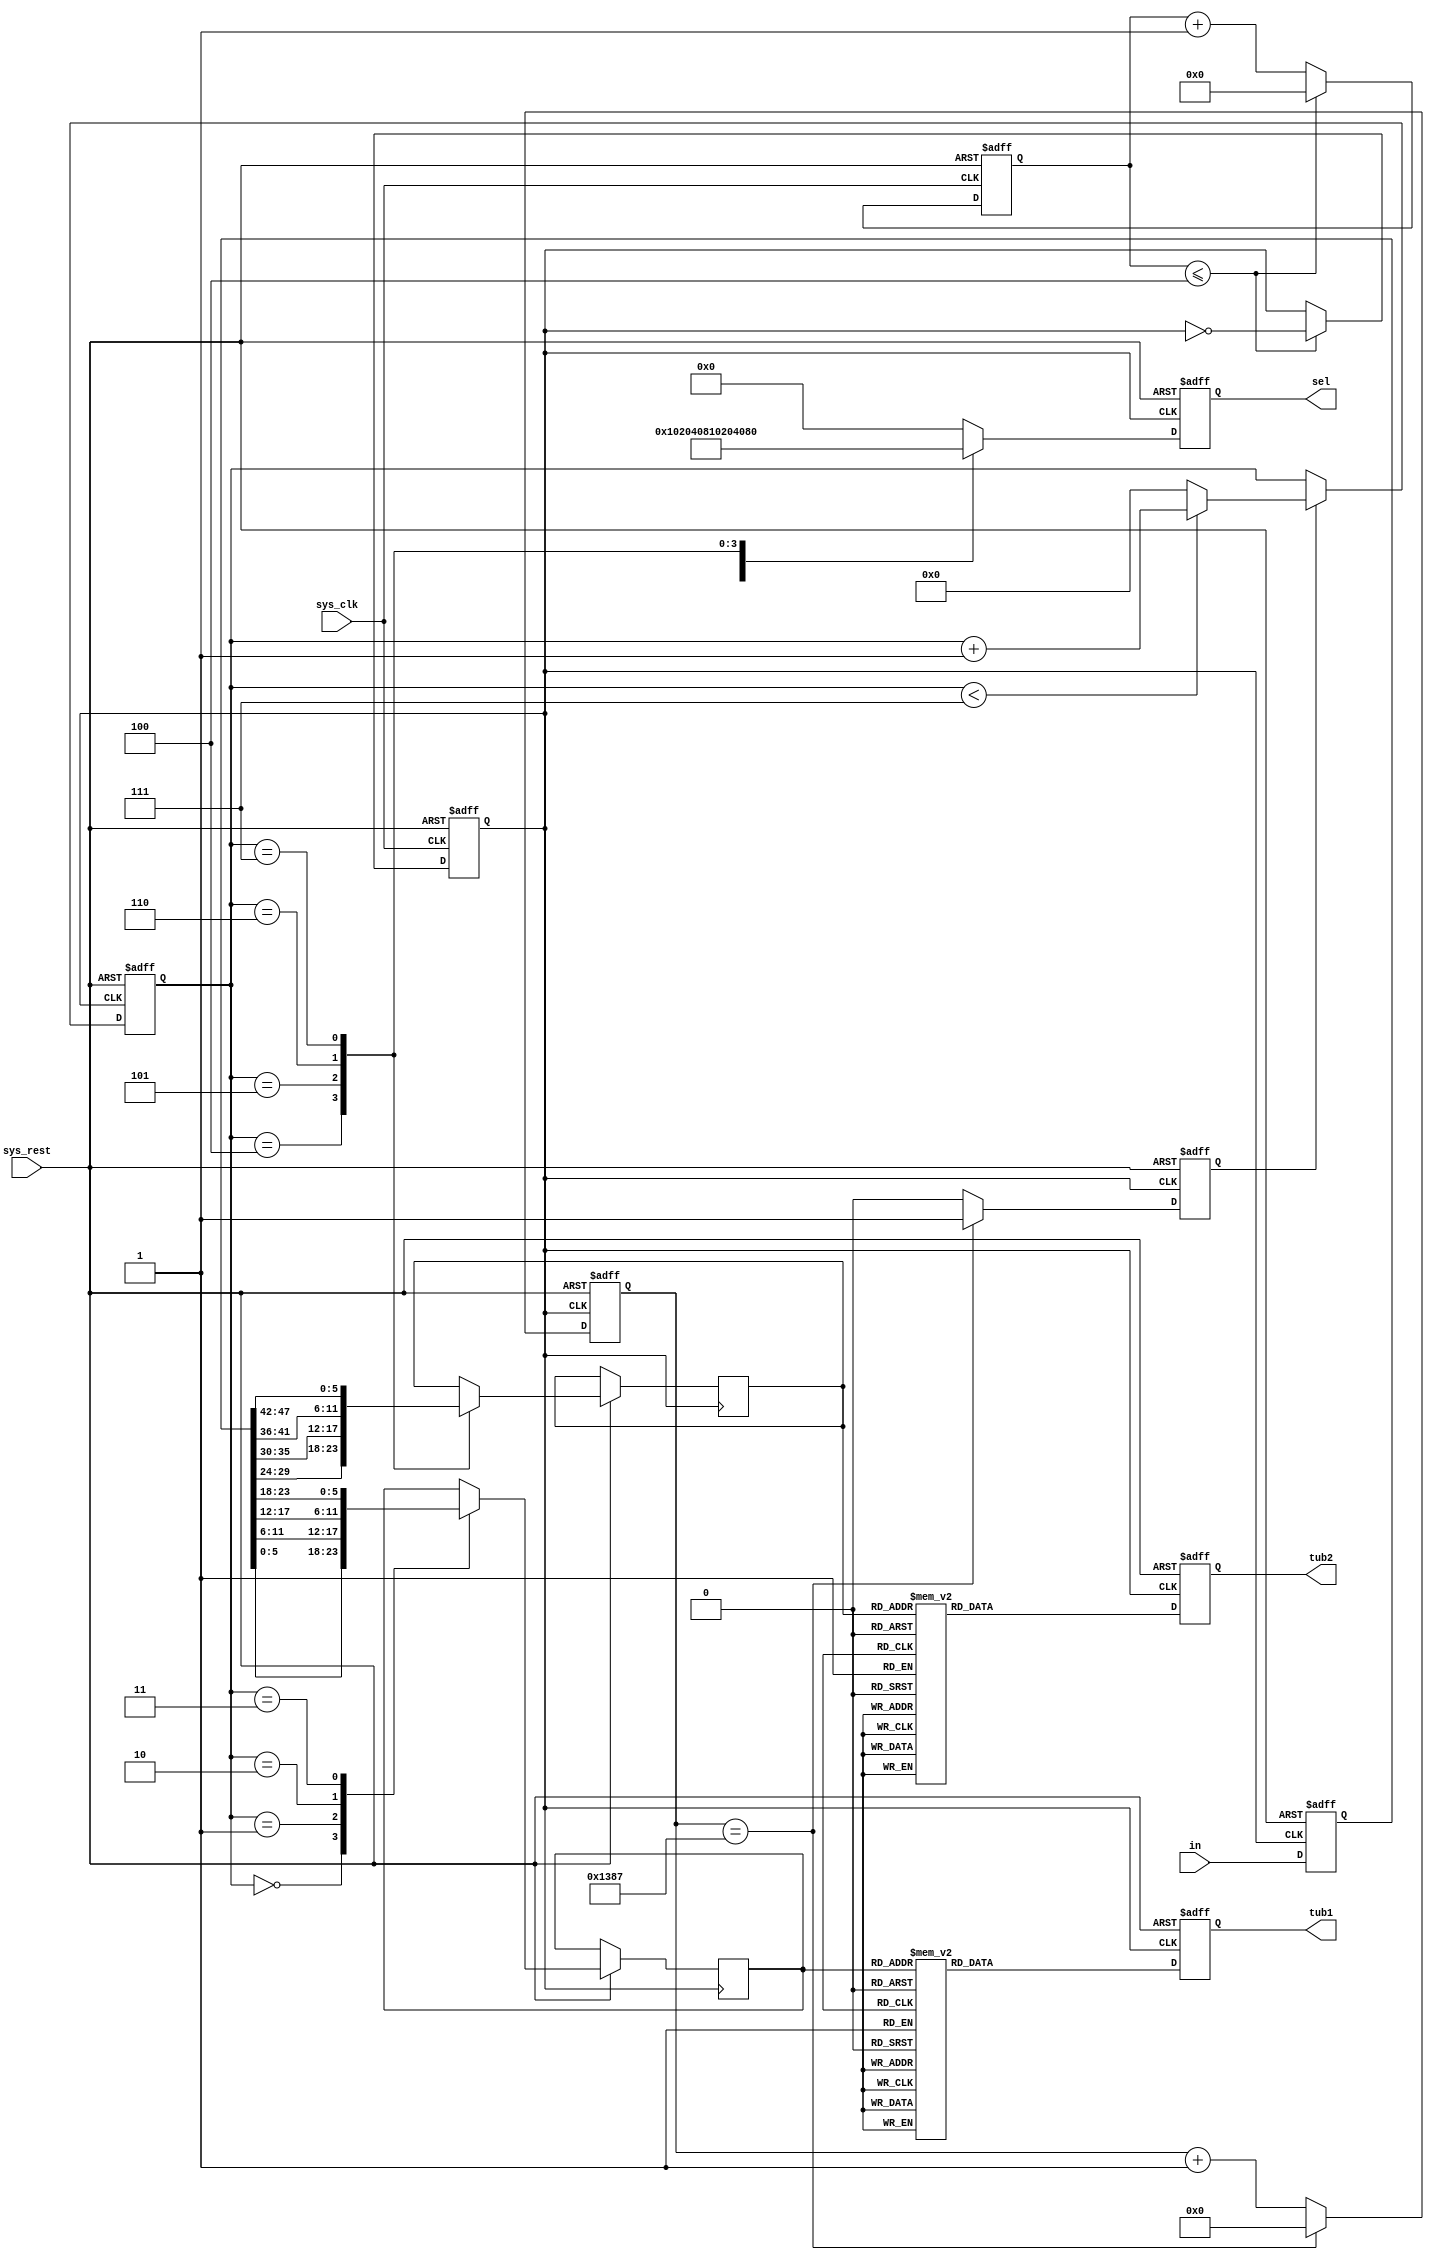
`timescale 1ns / 1ps
//////////////////////////////////////////////////////////////////////////////////
// 

//////////////////////////////////////////////////////////////////////////////////q

  module Nixietube_control (
  input sys_clk,sys_rest,
  input wire [47:0] in,
  output reg [7:0] sel,
  output reg [7:0] tub1,
  output reg [7:0] tub2
);

 parameter CLK_NUM = 4'd10;                       // 
 parameter MSNUM = 14'd5000;                      // 

 reg [3:0] CNT_NUM;                                // 
 reg CLK;                                          // 
  
 reg [12:0] MSCNT;                                 // 
 reg MS_flag;                                      // 
 reg [5:0] char_display1;                          // 1
 reg [5:0] char_display2;                          // 2
 
 reg [47:0] data;                                  // 
 reg [6:0] sel_num;                                // 
 
   // 
   wire [5:0] data0;                                 // 
   wire [5:0] data1;                                 // 
   wire [5:0] data2;                                 // 
   wire [5:0] data3;                                 // 
   wire [5:0] data4;                                 // 
   wire [5:0] data5;                                 // 
   wire [5:0] data6;                                 // 
   wire [5:0] data7;                                 // 
   
   // 
     assign data0 = in[5:0];                         // 
     assign data1 = in[11:6];                        // 
     assign data2 = in[17:12];                       // 
     assign data3 = in[23:18];                       // 
     assign data4 = in[29:24];                       // 
     assign data5 = in[35:30];                       // 
     assign data6 = in[41:36];                       // 
     assign data7 = in[47:42];                       // 
     
     
     // 
       always @(posedge sys_clk or negedge sys_rest) begin
         if (!sys_rest) begin     //
           CNT_NUM <= 4'd0;
           CLK <= 1'd1;
         end
         else if (CNT_NUM <= CLK_NUM/2 - 1'b1) begin
           CLK <= ~CLK;
           CNT_NUM <= 4'd0;
         end
         else begin
           CNT_NUM <= CNT_NUM + 1;
           CLK <= CLK;
         end
       end
       
    // 
         always @(posedge CLK or negedge sys_rest) begin
           if (!sys_rest) begin     //
             data <= 47'd0;
           end
           else begin
             data[47:42]  <= data7;
             data[41:36]  <= data6;
             data[35:30]  <= data5;
             data[29:24]  <= data4;
             data[23:18]  <= data3;
             data[17:12]  <= data2;
             data[11:6]   <= data1;
             data[5:0]    <= data0;
           end
         end
         
      // 1ms
           always @(posedge CLK or negedge sys_rest) begin
             if (!sys_rest) begin      //
               MSCNT <= 13'd0;
               MS_flag <= 1'b0;
             end
             else if (MSCNT == MSNUM - 1) begin
               MSCNT <= 13'd0;
               MS_flag <= 1'b1;
             end
             else begin
               MSCNT <= MSCNT + 1;
               MS_flag <= 1'b0;
             end
           end
           
           
     // 
             always @(posedge CLK or negedge sys_rest) begin
               if (!sys_rest) begin      //
                 sel_num <= 0;
               end
               else if (MS_flag) begin
                 if (sel_num < 7'd7) begin
                   sel_num <= sel_num + 1;
                 end
                 else begin
                   sel_num <= 0;
                 end
               end
               else begin
                 sel_num <= sel_num;
               end
             end
             
             
      // 
               always @(posedge CLK or negedge sys_rest) begin
                 if (!sys_rest) begin        //
                   sel <= 8'b00000000;
                 end
                 else begin
                   case (sel_num)
                     7'd0: begin
                       sel <= 8'b00000001;  // 1
                       char_display1 <= data[5:0];
                     end
                     7'd1: begin
                       sel <= 8'b00000010;  // 2
                      char_display1 <= data[11:6];
                     end
                     7'd2: begin
                       sel <= 8'b00000100;  // 3
                       char_display1 <= data[17:12];
                     end
                     7'd3: begin
                       sel <= 8'b00001000;  // 4
                       char_display1 <= data[23:18];                  
                     end
                     7'd4: begin
                       sel <= 8'b00010000;  // 5
                       char_display2 <= data[29:24];
                     end
                     7'd5: begin
                       sel <= 8'b00100000;  // 6
                      char_display2 <= data[35:30];
                     end
                     7'd6: begin
                       sel <= 8'b01000000;  // 7
                       char_display2 <= data[41:36];
                     end
                     7'd7: begin
                       sel <= 8'b10000000;  // 8
                       char_display2 <= data[47:42];                  
                     end 
                     default sel <= 8'b00000000;
                   endcase
                 end
               end
               
               
           // LED
                 always @(posedge CLK or negedge sys_rest) begin
                   if (!sys_rest) begin        //
                     tub1 <= 8'b00000000;
                     tub2 <= 8'b00000000;
                   end
                   else begin
                      case (char_display1)
                      6'b000000: tub1 <= 8'b11101110; // Display 'A' for 6'b000000
                      6'b000001: tub1 <= 8'b00111110; // Display 'B' for 6'b000001
                      6'b000010: tub1 <= 8'b10011100; // Display 'C' for 6'b000010
                      6'b000011: tub1 <= 8'b01111010; // Display 'D' for 6'b000011
                      6'b000100: tub1 <= 8'b10011110; // Display 'E' for 6'b000100
                      6'b000101: tub1 <= 8'b10001110; // Display 'F' for 6'b000101
                      6'b000110: tub1 <= 8'b10111100; // Display 'G' for 6'b000110
                      6'b000111: tub1 <= 8'b01101110; // Display 'H' for 6'b000111
                      6'b001000: tub1 <= 8'b11110000; // Display 'I' for 6'b001000
                      6'b001001: tub1 <= 8'b01110000; // Display 'J' for 6'b001001
                      6'b001010: tub1 <= 8'b10101110; // Display 'K' for 6'b001010
                      6'b001011: tub1 <= 8'b00011100; // Display 'L' for 6'b001011
                      6'b001100: tub1 <= 8'b11101100; // Display 'M' for 6'b001100
                      6'b001101: tub1 <= 8'b00101010; // Display 'N' for 6'b001101
                      6'b001110: tub1 <= 8'b00111010; // Display 'O' for 6'b001110
                      6'b001111: tub1 <= 8'b11001110; // Display 'P' for 6'b001111
                      6'b010000: tub1 <= 8'b11100110; // Display 'Q' for 6'b010000
                      6'b010001: tub1 <= 8'b10001100; // Display 'R' for 6'b010001
                      6'b010010: tub1 <= 8'b10010010; // Display 'S' for 6'b010010
                      6'b010011: tub1 <= 8'b00011110; // Display 'T' for 6'b010011
                      6'b101100: tub1 <= 8'b01111100; // Display 'U' for 6'b101100
                      6'b101101: tub1 <= 8'b00111000; // Display 'V' for 6'b101101
                      6'b101110: tub1 <= 8'b01111110; // Display 'W' for 6'b101110
                      6'b101111: tub1 <= 8'b00100110; // Display 'X' for 6'b101111
                      6'b110000: tub1 <= 8'b01110110; // Display 'Y' for 6'b110000
                      6'b110001: tub1 <= 8'b01011010; // Display 'Z' for 6'b110001
                      
                      6'b110010: tub1 <= 8'b11111100; // Display '0' for 6'b110010
                      6'b110011: tub1 <= 8'b01100000; // Display '1' for 6'b110011
                      6'b110100: tub1 <= 8'b11011010; // Display '2' for 6'b110100
                      6'b110101: tub1 <= 8'b11110010; // Display '3' for 6'b110101
                      6'b110110: tub1 <= 8'b01100110; // Display '4' for 6'b110110
                      6'b110111: tub1 <= 8'b10110110; // Display '5' for 6'b110111
                      6'b111000: tub1 <= 8'b10111110; // Display '6' for 6'b111000
                      6'b111001: tub1 <= 8'b11100100; // Display '7' for 6'b111001
                      6'b111010: tub1 <= 8'b11111110; // Display '8' for 6'b111010
                      6'b111011: tub1 <= 8'b11110110; // Display '9' for 6'b111011
                      6'b111111: tub1 <= 8'b01111111; // Display '.' for 6'b111111
                      default: tub1 <= 8'b00000000;   // Default case and display ' '
                      endcase
                      case (char_display2)
                      6'b000000: tub2 <= 8'b11101110; // Display 'A' for 6'b000000
                      6'b000001: tub2 <= 8'b00111110; // Display 'B' for 6'b000001
                      6'b000010: tub2 <= 8'b10011100; // Display 'C' for 6'b000010
                      6'b000011: tub2 <= 8'b01111010; // Display 'D' for 6'b000011
                      6'b000100: tub2 <= 8'b10011110; // Display 'E' for 6'b000100
                      6'b000101: tub2 <= 8'b10001110; // Display 'F' for 6'b000101
                      6'b000110: tub2 <= 8'b10111100; // Display 'G' for 6'b000110
                      6'b000111: tub2 <= 8'b01101110; // Display 'H' for 6'b000111
                      6'b001000: tub2 <= 8'b11110000; // Display 'I' for 6'b001000
                      6'b001001: tub2 <= 8'b01110000; // Display 'J' for 6'b001001
                      6'b001010: tub2 <= 8'b10101110; // Display 'K' for 6'b001010
                      6'b001011: tub2 <= 8'b00011100; // Display 'L' for 6'b001011
                      6'b001100: tub2 <= 8'b11101100; // Display 'M' for 6'b001100
                      6'b001101: tub2 <= 8'b00101010; // Display 'N' for 6'b001101
                      6'b001110: tub2 <= 8'b00111010; // Display 'O' for 6'b001110
                      6'b001111: tub2 <= 8'b11001110; // Display 'P' for 6'b001111
                      6'b010000: tub2 <= 8'b11100110; // Display 'Q' for 6'b010000
                      6'b010001: tub2 <= 8'b10001100; // Display 'R' for 6'b010001
                      6'b010010: tub2 <= 8'b10010010; // Display 'S' for 6'b010010
                      6'b010011: tub2 <= 8'b00011110; // Display 'T' for 6'b010011
                      6'b101100: tub2 <= 8'b01111100; // Display 'U' for 6'b101100
                      6'b101101: tub2 <= 8'b00111000; // Display 'V' for 6'b101101
                      6'b101110: tub2 <= 8'b01111110; // Display 'W' for 6'b101110
                      6'b101111: tub2 <= 8'b00100110; // Display 'X' for 6'b101111
                      6'b110000: tub2 <= 8'b01110110; // Display 'Y' for 6'b110000
                      6'b110001: tub2 <= 8'b01011010; // Display 'Z' for 6'b110001
                                       
                      6'b110010: tub2 <= 8'b11111100; // Display '0' for 6'b110010
                      6'b110011: tub2 <= 8'b01100000; // Display '1' for 6'b110011
                      6'b110100: tub2 <= 8'b11011010; // Display '2' for 6'b110100
                      6'b110101: tub2 <= 8'b11110010; // Display '3' for 6'b110101
                      6'b110110: tub2 <= 8'b01100110; // Display '4' for 6'b110110
                      6'b110111: tub2 <= 8'b10110110; // Display '5' for 6'b110111
                      6'b111000: tub2 <= 8'b10111110; // Display '6' for 6'b111000
                      6'b111001: tub2 <= 8'b11100100; // Display '7' for 6'b111001
                      6'b111010: tub2 <= 8'b11111110; // Display '8' for 6'b111010
                      6'b111011: tub2 <= 8'b11110110; // Display '9' for 6'b111011
                      6'b111111: tub2 <= 8'b01111111; // Display '.' for 6'b111111
                      default: tub2 <= 8'b00000000;   // Default case and display ' '
                      endcase
end
end
 
endmodule